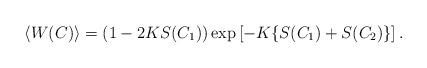
LaTeX: \begin{align*} \langle W(C) \rangle = (1- 2 K S(C_1)) \exp \left[ - K\{S(C_1)+S(C_2)\}\right] .\end{align*}